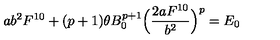
a b ^ { 2 } F ^ { 1 0 } + ( p + 1 ) \theta B _ { 0 } ^ { p + 1 } \Bigl ( \frac { 2 a F ^ { 1 0 } } { b ^ { 2 } } \Bigr ) ^ { p } = E _ { 0 }